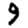
Digit: 9